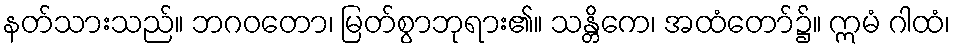
နတ်သားသည်။ ဘဂဝတော၊ မြတ်စွာဘုရား၏။ သန္တိကေ၊ အထံတော်၌။ ဣမံ ဂါထံ၊